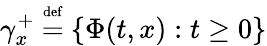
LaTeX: \gamma_{x}^{+}\ {\overset{\underset{\mathrm{def}}{}}{=}}\ \{ \Phi(t,x):t\geq 0\}